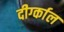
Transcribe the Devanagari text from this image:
दीर्ग्काल